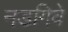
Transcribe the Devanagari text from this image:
नडगिवे